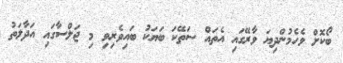
ބޯކޮށް ވެހެމުންދިޔަ ވާރޭގައި އެތައް ސަތޭކަ ބަޔަކު ބައިވެރިވި މި ޖަލްސާގައި އަދާލަތު